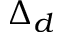
\Delta _ { d }